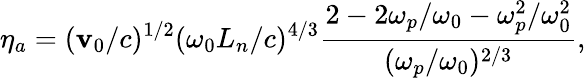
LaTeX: \eta_{a}=(\mathbf{v}_{0}/c)^{1/2}(\omega_{0}L_{n}/c)^{4/3}\frac{{2-2\omega_{p}/\omega_{0}-\omega_{p}^{2}/\omega_{0}^{2}}}{{(\omega_{p}/\omega_{0})^{2/3}}},